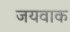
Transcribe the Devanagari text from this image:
जयवाक